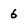
Character: 6